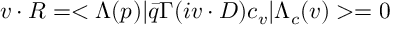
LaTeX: v \cdot R = < \Lambda ( p ) | \bar { q } \Gamma ( i v \cdot D ) c _ { v } | \Lambda _ { c } ( v ) > = 0